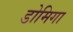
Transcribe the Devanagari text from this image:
डोमिगा